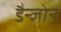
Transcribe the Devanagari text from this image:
डैन्जोन